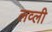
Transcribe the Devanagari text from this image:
लव्ली